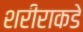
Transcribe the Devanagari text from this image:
शरीराकडे